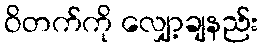
ဝိတက်ကို လျှော့ချနည်း